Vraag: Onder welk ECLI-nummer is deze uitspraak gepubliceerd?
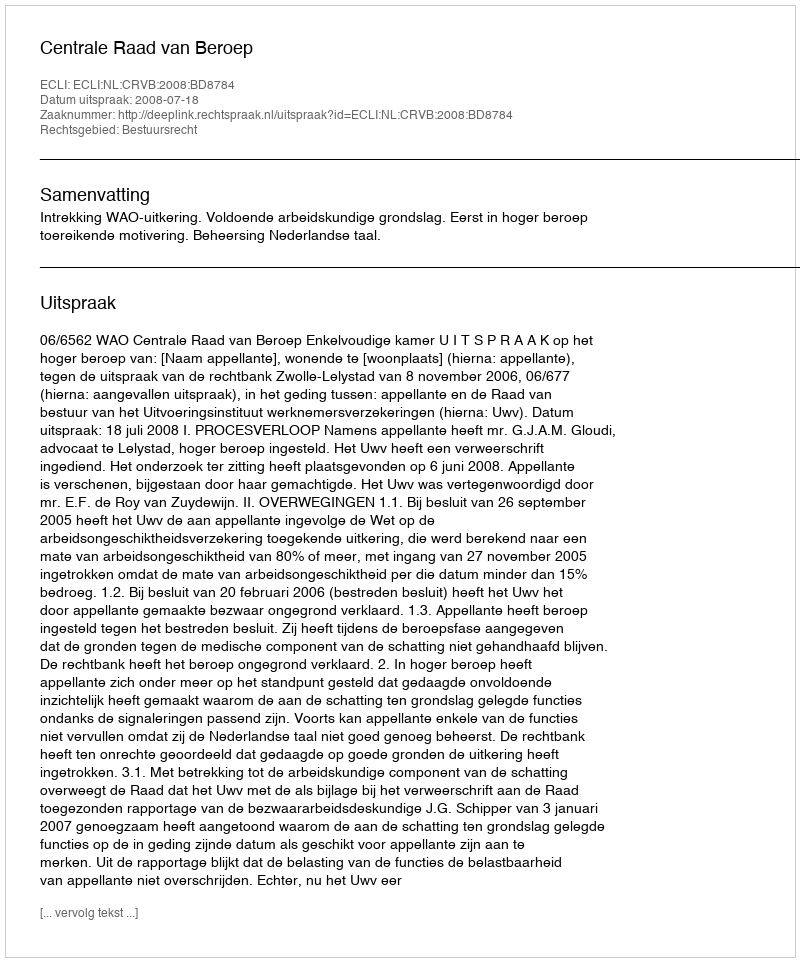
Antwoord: ECLI:NL:CRVB:2008:BD8784